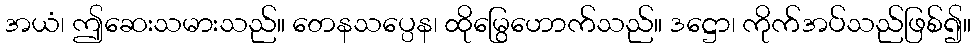
အယံ၊ ဤဆေးသမားသည်။ တေနသပ္ပေန၊ ထိုမြွေဟောက်သည်။ ဒဋ္ဌော၊ ကိုက်အပ်သည်ဖြစ်၍။